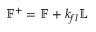
\mathbb { F } ^ { + } = \mathbb { F } + k _ { f l } \mathbb { L }